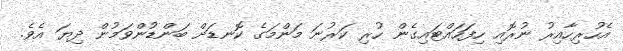
އެހުރިހާއިރު ނުރޮއި ހިފަހައްޓައިގެން ހުރި ކަރުނަ މަންމަގެ ކޮނޑަށް ބަންޑުންވަމުން ދިޔަ އެވެ.